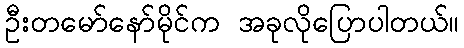
ဦးတမော်နော်မိုင်က အခုလိုပြောပါတယ်။